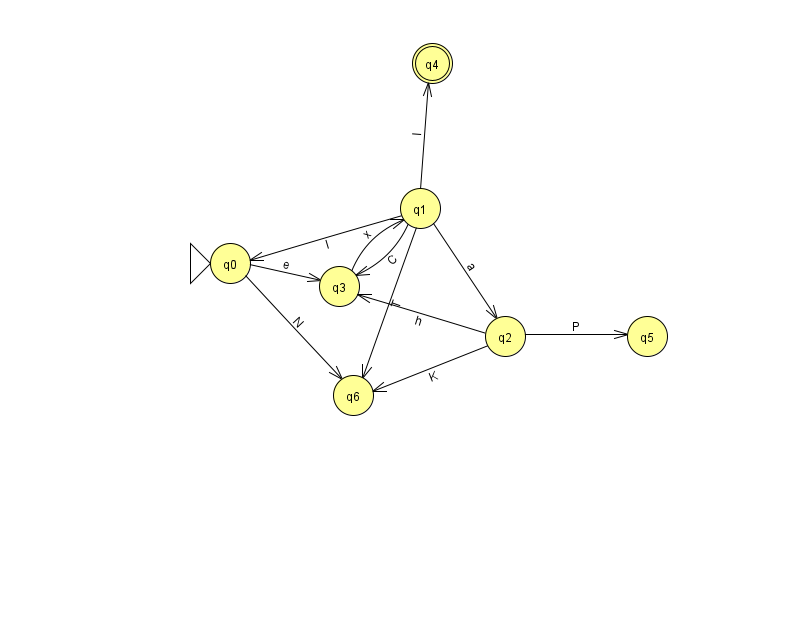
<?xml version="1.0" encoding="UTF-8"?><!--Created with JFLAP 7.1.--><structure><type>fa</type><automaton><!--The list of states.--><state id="0" name="q0"><x>230.0</x><y>250.0</y><initial/></state><state id="1" name="q1"><x>420.0</x><y>195.0</y></state><state id="2" name="q2"><x>505.0</x><y>323.0</y></state><state id="3" name="q3"><x>339.0</x><y>273.0</y></state><state id="4" name="q4"><x>432.0</x><y>50.0</y><final/></state><state id="5" name="q5"><x>647.0</x><y>323.0</y></state><state id="6" name="q6"><x>353.0</x><y>382.0</y></state><!--The list of transitions.--><transition><from>0</from><to>6</to><read>N</read></transition><transition><from>2</from><to>3</to><read>h</read></transition><transition><from>0</from><to>3</to><read>e</read></transition><transition><from>1</from><to>3</to><read>C</read></transition><transition><from>2</from><to>5</to><read>P</read></transition><transition><from>1</from><to>6</to><read>T</read></transition><transition><from>2</from><to>6</to><read>K</read></transition><transition><from>1</from><to>0</to><read>I</read></transition><transition><from>1</from><to>4</to><read>l</read></transition><transition><from>3</from><to>1</to><read>x</read></transition><transition><from>1</from><to>2</to><read>a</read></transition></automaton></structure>